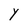
Character: Y